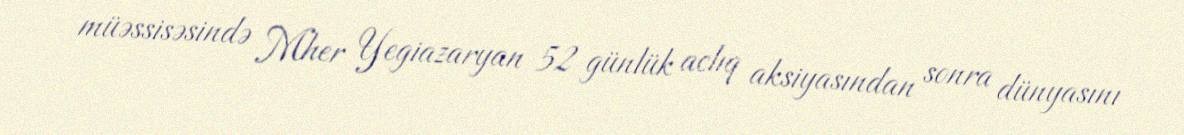
müəssisəsində Mher Yegiazaryan 52 günlük aclıq aksiyasından sonra dünyasını